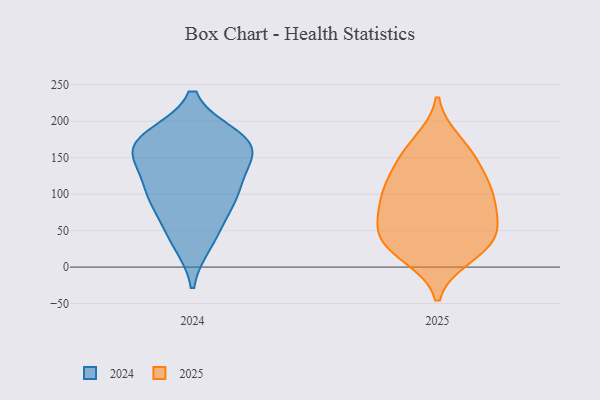
{"axis": {"x": "Humidity (%)", "y": "Value"}, "legend": ["2024", "2025"], "data": [{"x": "", "y": 115, "type": "2024"}, {"x": "", "y": 93, "type": "2024"}, {"x": "", "y": 169, "type": "2024"}, {"x": "", "y": 49, "type": "2024"}, {"x": "", "y": 157, "type": "2024"}, {"x": "", "y": 104, "type": "2024"}, {"x": "", "y": 95, "type": "2024"}, {"x": "", "y": 164, "type": "2024"}, {"x": "", "y": 35, "type": "2024"}, {"x": "", "y": 177, "type": "2024"}, {"x": "", "y": 173, "type": "2024"}, {"x": "", "y": 157, "type": "2024"}, {"x": "", "y": 128, "type": "2025"}, {"x": "", "y": 89, "type": "2025"}, {"x": "", "y": 37, "type": "2025"}, {"x": "", "y": 159, "type": "2025"}, {"x": "", "y": 26, "type": "2025"}, {"x": "", "y": 65, "type": "2025"}, {"x": "", "y": 96, "type": "2025"}, {"x": "", "y": 16, "type": "2025"}, {"x": "", "y": 144, "type": "2025"}, {"x": "", "y": 30, "type": "2025"}, {"x": "", "y": 106, "type": "2025"}, {"x": "", "y": 60, "type": "2025"}, {"x": "", "y": 103, "type": "2025"}, {"x": "", "y": 48, "type": "2025"}, {"x": "", "y": 171, "type": "2025"}]}